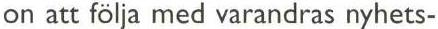
on att följa med varandras nyhets-